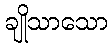
ချိုသာသော